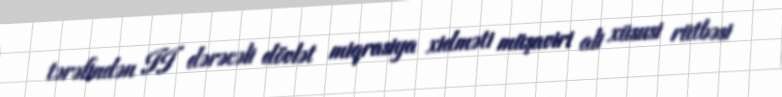
tərəfindən II dərəcəli dövlət miqrasiya xidməti müşaviri ali xüsusi rütbəsi